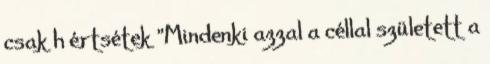
csak h értsétek "Mindenki azzal a céllal született a